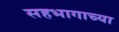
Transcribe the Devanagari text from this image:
सहभागाच्या